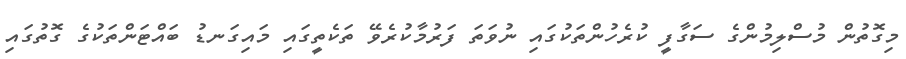
މިގޮތުން މުސްލިމުންގެ ސަގާފީ ކުރެހުންތަކުގައި ނުވަތަ ފަރުމާކުރެވޭ ތަކެތީގައި މައިގަނޑު ބައްޓަންތަކުގެ ގޮތުގައި